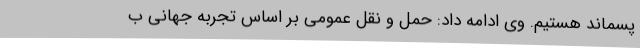
پسماند هستیم. وی ادامه داد: حمل و نقل عمومی بر اساس تجربه جهانی ب